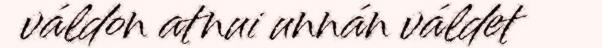
váldon atnui unnán váldet